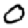
Digit: 0